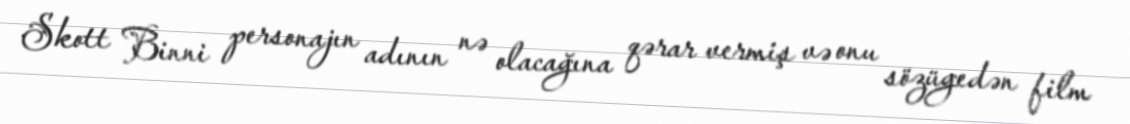
Skott Binni personajın adının nə olacağına qərar vermiş və onu sözügedən film